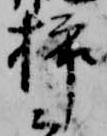
挿